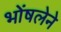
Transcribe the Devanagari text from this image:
भोंषलेने